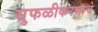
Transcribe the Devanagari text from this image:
सुफळीकरणाचे